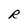
Character: R